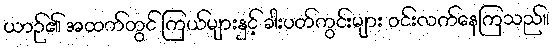
ယာဉ်၏ အထက်တွင် ကြယ်များနှင့် ခါးပတ်ကွင်းများ ဝင်းလက်နေကြသည်။